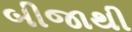
બીજાથી